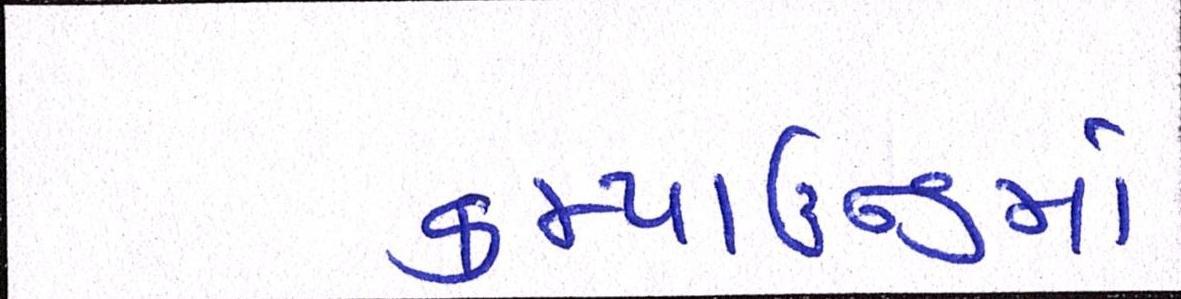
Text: કમ્પાઉન્ડમાં